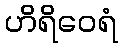
ဟိရိဝေရံ